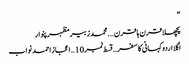
“
پچھلا قرن ہا قرن ….محمدزبیرمظہرپنوار
اگلا اردو کہانی کا سفر…قسط نمبر 10 … اعجاز احمد نواب